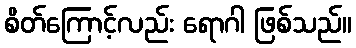
စိတ်ကြောင့်လည်း ရောဂါ ဖြစ်သည်။